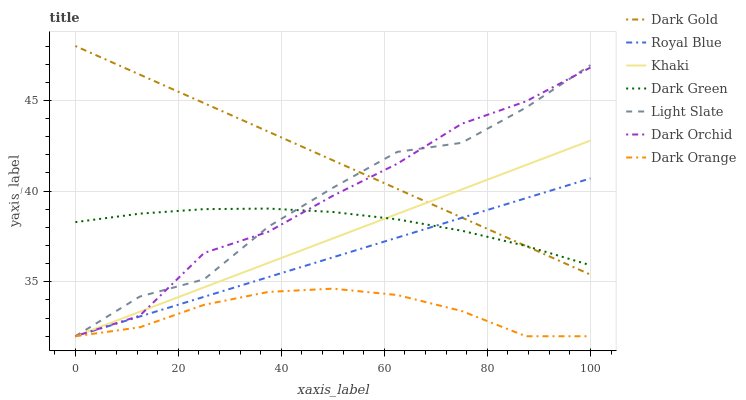
| xaxis_label | Dark Gold | Royal Blue | Khaki | Dark Green | Light Slate | Dark Orchid | Dark Orange |
 | --- | --- | --- | --- | --- | --- | --- | --- |
 | 0 | 48 | 32 | 32 | 38.3 | 32 | 32 | 32 |
 | 12.5 | 46.4 | 33.1 | 33.3 | 38.8 | 34.2 | 33.1 | 32.5 |
 | 25 | 44.8 | 34.2 | 34.7 | 39 | 35.1 | 36.6 | 33.7 |
 | 37.5 | 43.3 | 35.3 | 36 | 39 | 38 | 37.8 | 34.4 |
 | 50 | 41.7 | 36.4 | 37.4 | 38.9 | 40.2 | 39.7 | 34.6 |
 | 62.5 | 40.1 | 37.4 | 38.7 | 38.4 | 42.2 | 41.5 | 34.3 |
 | 75 | 38.5 | 38.5 | 40.1 | 37.8 | 42.7 | 43.7 | 33.4 |
 | 87.5 | 37 | 39.6 | 41.4 | 37 | 44.6 | 44.9 | 32 |
 | 100 | 35.4 | 40.7 | 42.8 | 35.9 | 46.9 | 46.8 | 32 |